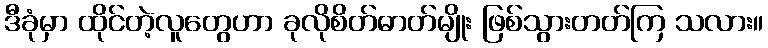
ဒီခုံမှာ ထိုင်တဲ့လူတွေဟာ ခုလိုစိတ်ဓာတ်မျိုး ဖြစ်သွားတတ်ကြ သလား။